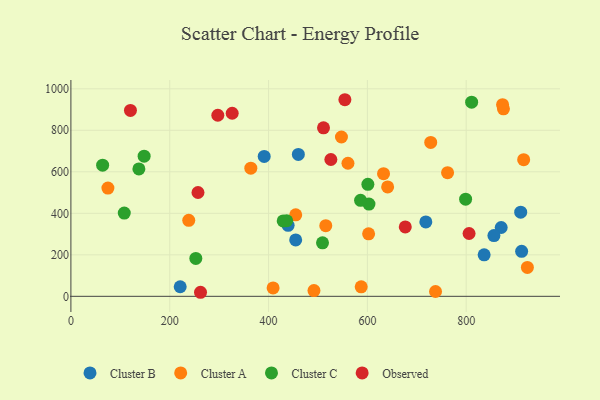
{"axis": {"x": "Speed", "y": "Fuel Efficiency"}, "legend": ["Cluster A", "Cluster B", "Cluster C", "Observed"], "data": [{"x": "910.3", "y": 405.7, "type": "Cluster B"}, {"x": "460.3", "y": 683.7, "type": "Cluster B"}, {"x": "836.3", "y": 200.0, "type": "Cluster B"}, {"x": "221.2", "y": 46.2, "type": "Cluster B"}, {"x": "454.9", "y": 271.8, "type": "Cluster B"}, {"x": "870.8", "y": 331.6, "type": "Cluster B"}, {"x": "718.3", "y": 358.7, "type": "Cluster B"}, {"x": "856.1", "y": 292.5, "type": "Cluster B"}, {"x": "391.2", "y": 673.9, "type": "Cluster B"}, {"x": "912.2", "y": 216.6, "type": "Cluster B"}, {"x": "439.6", "y": 342.2, "type": "Cluster B"}, {"x": "238.5", "y": 366.3, "type": "Cluster A"}, {"x": "547.5", "y": 767.7, "type": "Cluster A"}, {"x": "409.2", "y": 40.4, "type": "Cluster A"}, {"x": "587.5", "y": 45.6, "type": "Cluster A"}, {"x": "515.8", "y": 340.3, "type": "Cluster A"}, {"x": "875.4", "y": 903.5, "type": "Cluster A"}, {"x": "632.7", "y": 591.1, "type": "Cluster A"}, {"x": "737.9", "y": 23.3, "type": "Cluster A"}, {"x": "455.0", "y": 392.5, "type": "Cluster A"}, {"x": "641.0", "y": 526.9, "type": "Cluster A"}, {"x": "602.5", "y": 301.1, "type": "Cluster A"}, {"x": "491.9", "y": 27.6, "type": "Cluster A"}, {"x": "873.6", "y": 923.4, "type": "Cluster A"}, {"x": "560.7", "y": 641.2, "type": "Cluster A"}, {"x": "728.2", "y": 741.5, "type": "Cluster A"}, {"x": "74.9", "y": 521.4, "type": "Cluster A"}, {"x": "916.3", "y": 658.6, "type": "Cluster A"}, {"x": "923.8", "y": 139.3, "type": "Cluster A"}, {"x": "762.3", "y": 595.6, "type": "Cluster A"}, {"x": "364.1", "y": 617.5, "type": "Cluster A"}, {"x": "509.2", "y": 257.8, "type": "Cluster C"}, {"x": "603.2", "y": 444.5, "type": "Cluster C"}, {"x": "601.0", "y": 539.8, "type": "Cluster C"}, {"x": "108.0", "y": 401.1, "type": "Cluster C"}, {"x": "137.6", "y": 613.9, "type": "Cluster C"}, {"x": "586.2", "y": 462.5, "type": "Cluster C"}, {"x": "252.8", "y": 182.4, "type": "Cluster C"}, {"x": "64.2", "y": 631.9, "type": "Cluster C"}, {"x": "148.2", "y": 675.2, "type": "Cluster C"}, {"x": "436.7", "y": 364.1, "type": "Cluster C"}, {"x": "811.0", "y": 935.4, "type": "Cluster C"}, {"x": "429.6", "y": 363.3, "type": "Cluster C"}, {"x": "798.8", "y": 468.3, "type": "Cluster C"}, {"x": "805.8", "y": 302.8, "type": "Observed"}, {"x": "511.2", "y": 812.0, "type": "Observed"}, {"x": "554.5", "y": 947.3, "type": "Observed"}, {"x": "326.4", "y": 882.1, "type": "Observed"}, {"x": "257.2", "y": 500.2, "type": "Observed"}, {"x": "262.3", "y": 19.5, "type": "Observed"}, {"x": "297.3", "y": 872.4, "type": "Observed"}, {"x": "526.1", "y": 659.2, "type": "Observed"}, {"x": "120.5", "y": 895.6, "type": "Observed"}, {"x": "676.7", "y": 334.3, "type": "Observed"}]}